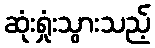
ဆုံးရှုံးသွားသည့်